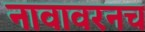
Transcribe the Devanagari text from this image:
नावावरनच